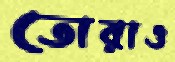
তোরাও